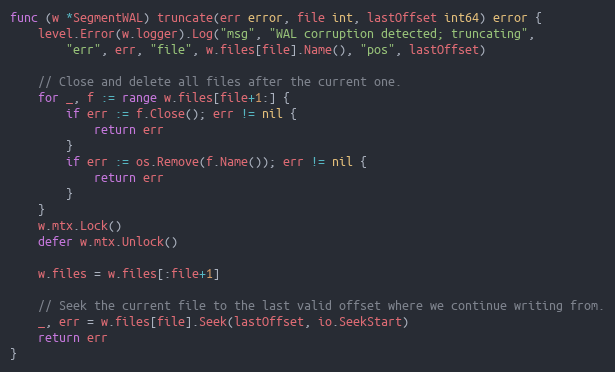
Language: Go
func (w *SegmentWAL) truncate(err error, file int, lastOffset int64) error {
	level.Error(w.logger).Log("msg", "WAL corruption detected; truncating",
		"err", err, "file", w.files[file].Name(), "pos", lastOffset)

	// Close and delete all files after the current one.
	for _, f := range w.files[file+1:] {
		if err := f.Close(); err != nil {
			return err
		}
		if err := os.Remove(f.Name()); err != nil {
			return err
		}
	}
	w.mtx.Lock()
	defer w.mtx.Unlock()

	w.files = w.files[:file+1]

	// Seek the current file to the last valid offset where we continue writing from.
	_, err = w.files[file].Seek(lastOffset, io.SeekStart)
	return err
}